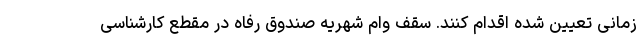
زمانی تعیین شده اقدام کنند. سقف وام شهریه صندوق رفاه در مقطع کارشناسی